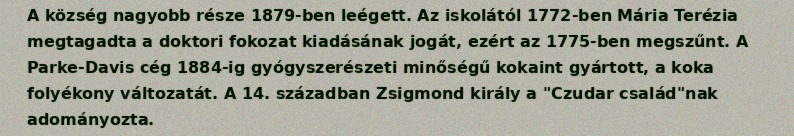
A község nagyobb része 1879-ben leégett. Az iskolától 1772-ben Mária Terézia megtagadta a doktori fokozat kiadásának jogát, ezért az 1775-ben megszűnt. A Parke-Davis cég 1884-ig gyógyszerészeti minőségű kokaint gyártott, a koka folyékony változatát. A 14. században Zsigmond király a "Czudar család"nak adományozta.